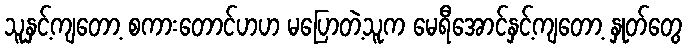
သူနှင့်ကျတော့ စကားတောင်ဟဟ မပြောတဲ့သူက မေရီအောင်နှင့်ကျတော့ နှုတ်တွေ